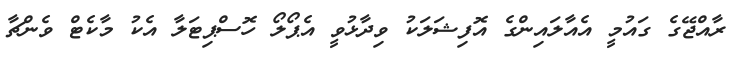
ރާއްޖޭގެ ގައުމީ އެއާލައިންގެ އޮފިޝަލަކު ވިދާޅުވީ އެޕޯލޯ ހޮސްޕިޓަލާ އެކު މާކެޓް ވެންޗާ